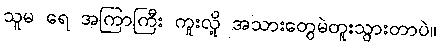
သူမ ရေ အကြာကြီး ကူးလို့ အသားတွေမဲတူးသွားတာပဲ။